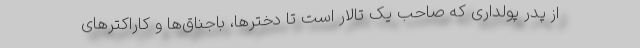
از پدر پولداری که صاحب یک تالار است تا دخترها، باجناق‌ها و کاراکترهای